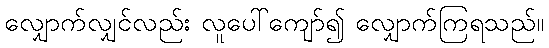
လျှောက်လျှင်လည်း လူပေါ်ကျော်၍ လျှောက်ကြရသည်။